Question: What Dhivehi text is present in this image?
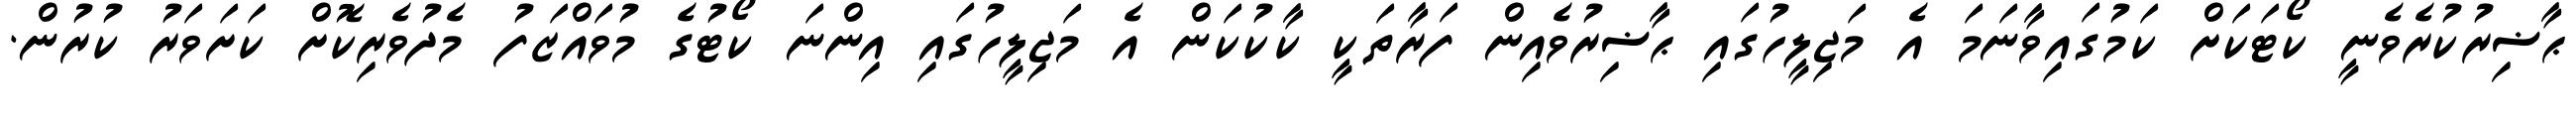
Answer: ޙާޟިރުކުރެވެނީ ކޯޓަކަށް ކަމުގައިވާނަމަ އެ މަޖިލީހުގައި ޙާޟިރުވެއިން ފަރާތަކީ ކާކުކަން އެ މަޖިލީހުގައި އިންނަ ކޯޓުގެ މުވައްޒަފު މެދުވެރިކޮށް ކަށަވަރު ކުރުން.